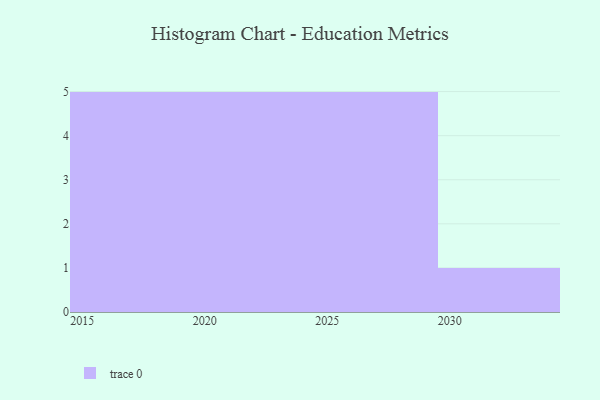
{"axis": {"x": "Year", "y": "Gross Profit (USD K)"}, "legend": [""], "data": [{"x": "2020", "y": 77, "type": ""}, {"x": "2023", "y": 66, "type": ""}, {"x": "2028", "y": 57, "type": ""}, {"x": "2017", "y": 66, "type": ""}, {"x": "2018", "y": 17, "type": ""}, {"x": "2030", "y": 77, "type": ""}, {"x": "2016", "y": 40, "type": ""}, {"x": "2015", "y": 99, "type": ""}, {"x": "2025", "y": 26, "type": ""}, {"x": "2029", "y": 52, "type": ""}, {"x": "2019", "y": 57, "type": ""}, {"x": "2022", "y": 29, "type": ""}, {"x": "2026", "y": 98, "type": ""}, {"x": "2024", "y": 35, "type": ""}, {"x": "2021", "y": 62, "type": ""}, {"x": "2027", "y": 49, "type": ""}]}